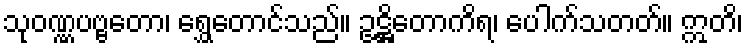
သုဝဏ္ဏပဗ္ဗတော၊ ရွှေတောင်သည်။ ဥဋ္ဌိတောကိရ၊ ပေါက်သတတ်။ ဣတိ၊